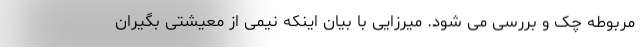
مربوطه چک و بررسی می شود. میرزایی با بیان اینکه نیمی از معیشتی بگیران